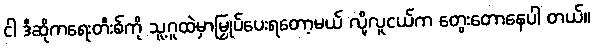
ငါ ဒီဆိုကရေးတီးစ်ကို သူ့ဂူထဲမှာမြှုပ်ပေးရတော့မယ် လို့လူငယ်က တွေးတောနေပါ တယ်။